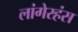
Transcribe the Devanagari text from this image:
लांगेरहंस